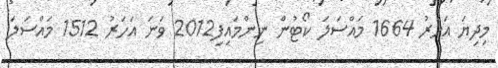
މިދިޔަ އަހަރު 1664 މައްސަލަ ކޯޓުން ނިންމައިފި2012 ވަނަ އަހަރު 1512 މައްސަލަ